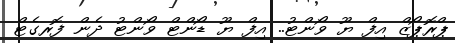
ޕްރޮޕޯޒް އިފް ޔޫ ވޯންޓު.. އިފް ޔޫ ޑޯންޓް ވޯންޓު ދެން ފޮރގެޓް